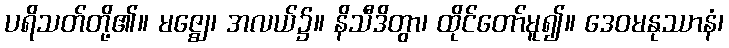
ပရိသတ်တို့၏။ မဇ္ဈေ၊ အလယ်၌။ နိသီဒိတွာ၊ ထိုင်တော်မူ၍။ ဒေဝမနုဿာနံ၊